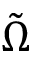
\tilde { \Omega }